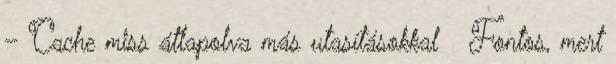
– Cache miss átlapolva más utasításokkal ● Fontos, mert